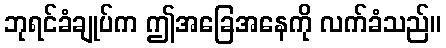
ဘုရင်ခံချုပ်က ဤအခြေအနေကို လက်ခံသည်။